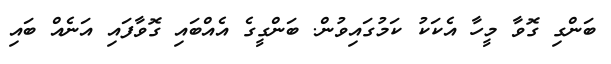
ބަންގި ގޮވާ މީހާ އެކަކު ކަމުގައިވުން. ބަންގީގެ އެއްބައި ގޮވާފައި އަނެއް ބައި